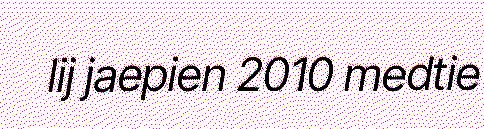
lij jaepien 2010 medtie